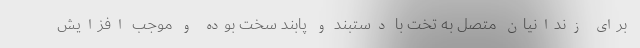
برای زندانیان متصل به تخت با دستبند و پابند سخت بوده و موجب افزایش